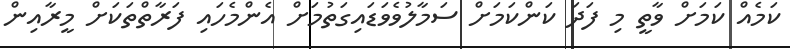
ކަމެއް ކަމަށް ވާތީ މި ފަދަ ކަންކަމަށް ސަމާލުވެވަޑައިގަތުމަށް އެންމެހައި ފަރާތްތަކަށް މީރާއިން